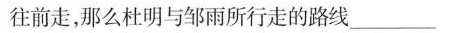
往前走，那么杜明与邹雨所行走的路线___